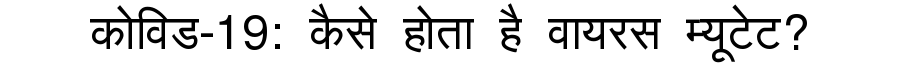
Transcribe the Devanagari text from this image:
कोविड-19: कैसे होता है वायरस म्यूटेट?